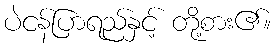
ပဲငန်ပြာရည်နှင့် တို့စား၏။